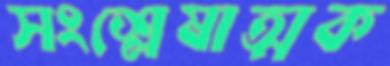
সংশ্লেষাত্মক